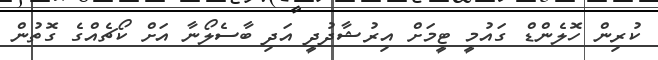
ކުރިން ހޮލެންޑް ގައުމީ ޓީމަށް އިރުޝާދުދީ އަދި ބާސެލޯނާ އަށް ކޯޗެއްގެ ގޮތުން